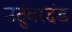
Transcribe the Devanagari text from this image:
उदुंबरदंड